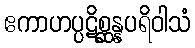
ဧကာဟပ္ပဋိစ္ဆန္နပရိဝါသံ